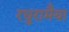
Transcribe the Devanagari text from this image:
रघुरामैया